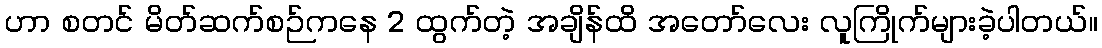
ဟာ စတင် မိတ်ဆက်စဉ်ကနေ 2 ထွက်တဲ့ အချိန်ထိ အတော်လေး လူကြိုက်များခဲ့ပါတယ်။